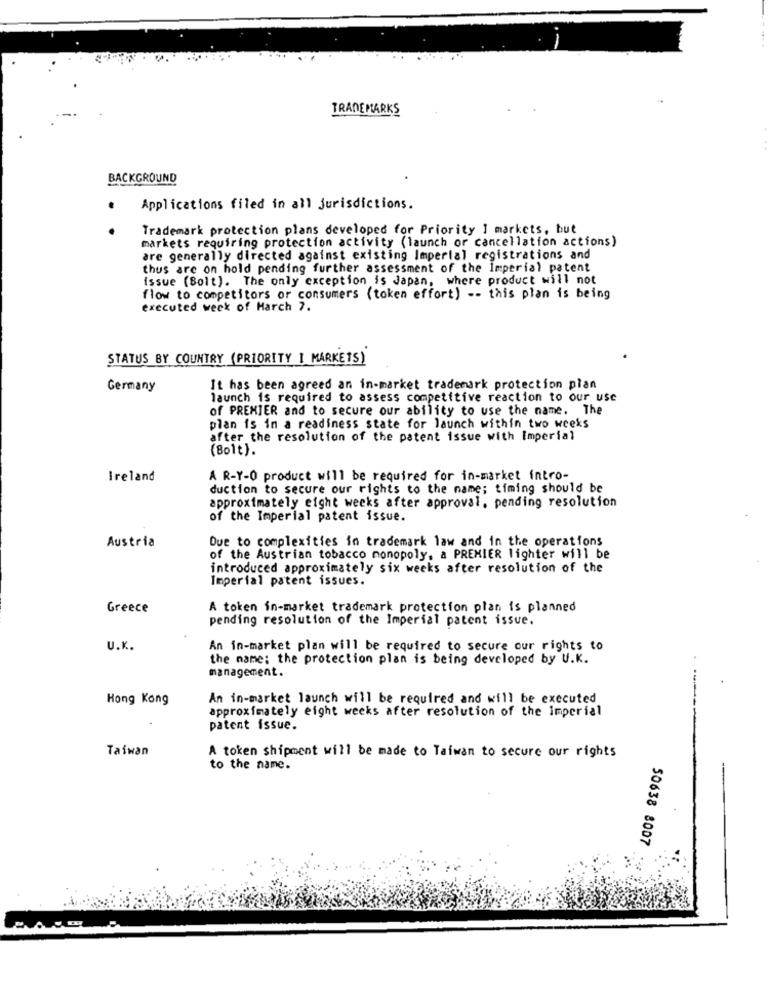
TRADEMARKS
BACKGROUND
.
Applications filed in all jurisdictions.
Trademark protection plans developed for Priority 1 markets, but
markets requiring protection activity (launch or cancellation actions)
are generally directed against existing Imperial registrations and
thus are on hold pending further assessment of the Imperial patent
issue (Bolt). The only exception is Japan, where product will not
flow to competitors or consumers (token effort) -- this plan is being
executed week of March 7.
STATUS BY COUNTRY (PRIORITY I MARKETS)
Germany
It has been agreed an in-market trademark protection plan
launch is required to assess competitive reaction to our use
of PREMIER and to secure our ability to use the name. The
plan is in a readiness state for launch within two weeks
after the resolution of the patent issue with Imperial
(Bolt).
Ireland
A R-Y-O product will be required for in-market intro-
duction to secure our rights to the name; timing should be
approximately eight weeks after approval, pending resolution
of the Imperial patent issue.
Due to complexities in trademark law and in the operations
Austria
of the Austrian tobacco monopoly, a PREMIER lighter will be
introduced approximately six weeks after resolution of the
Imperial patent issues.
Greece
A token in-market trademark protection plan is planned
pending resolution of the Imperial patent issue.
U.K.
An in-market plan will be required to secure our rights to
the name: the protection plan is being developed by U.K.
management.
Hong Kong
An in-market launch will be required and will be executed
approximately eight weeks after resolution of the Imperial
patent issue.
Taiwan
A token shipment will be made to Taiwan to secure our rights
to the name.
50638 8007